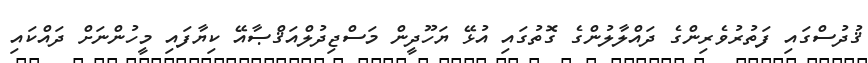
ޤުދުސްގައި ފަތުރުވެރިންގެ ދައްލާލުންގެ ގޮތުގައި އުޅޭ ޔަހޫދީން މަސްޖިދުލްއަޤްޞާއޭ ކިޔާފައި މީހުންނަށް ދައްކައި